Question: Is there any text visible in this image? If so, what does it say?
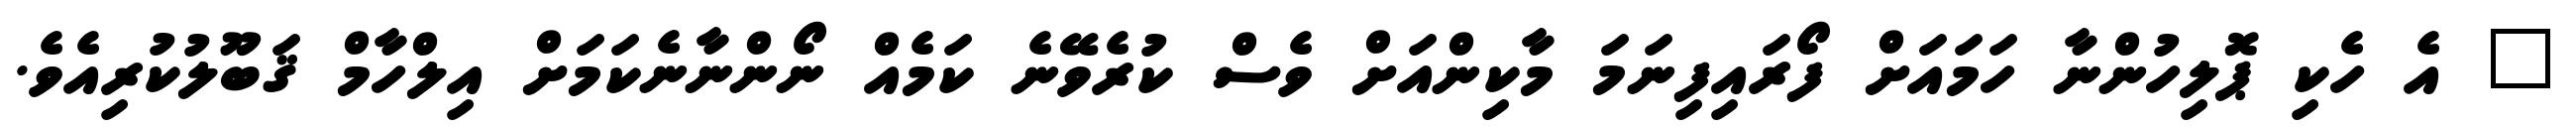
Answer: " އެ ހެކި ޕޮލިހުންނާ ހަމައަށް ފޯރައިފިނަމަ މާކިންއަށް ވެސް ކުރެވޭނެ ކަމެއް ނޯންނާނެކަމަށް އިލްހާމް ޤަބޫލުކުރިއެވެ.